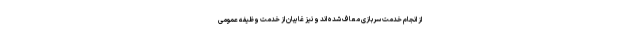
از انجام خدمت سربازی معاف شده اند و نیز غایبان از خدمت وظیفه عمومی